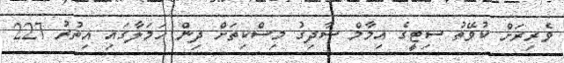
ވެރިރަށް ކުވޭތު ސިޓީގެ އިމާމް ސާދިގު މިސްކިތަށް ދިން ހަމަލާގައި އިތުރު 227